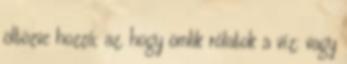
öltözve hozzá; az, hogy ömlik rólatok a víz; vagy